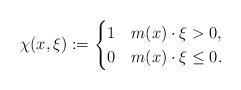
LaTeX: \begin{align*}\chi(x,\xi):=\begin{cases}1 & m(x)\cdot \xi>0,\\0 & m(x)\cdot \xi\leq 0. \end{cases}\end{align*}